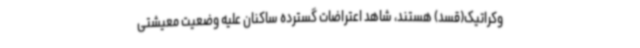
وکراتیک(قسد) هستند، شاهد اعتراضات گسترده ساکنان علیه وضعیت معیشتی